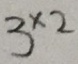
3 ^ { \times 2 }